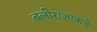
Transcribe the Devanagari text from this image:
बलीराजाकडे